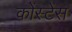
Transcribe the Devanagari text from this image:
कोंस्टेंस